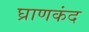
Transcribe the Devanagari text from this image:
घ्राणकंद